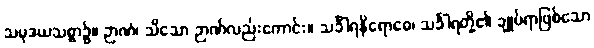
သမုဒယသစ္စာ၌။ ဉာဏံ၊ သိသော ဉာဏ်လည်းကောင်း။ သင်္ခါရနိရောဓေ၊ သင်္ခါရတို့၏ ချုပ်ရာဖြစ်သော